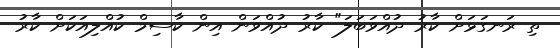
ތި ރަނގަޅަށް ކާރު ދުއްވަބަލަ" ކާރު ދުއްވަން އިން ކާސިމް ކުއްލިއަކަށް ކާރު